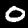
Digit: 0